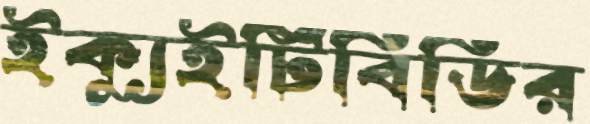
ইক্যুইটিবিডির